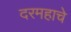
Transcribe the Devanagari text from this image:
दरमहाचे